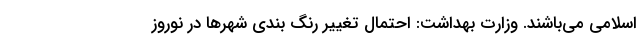
اسلامی می‌باشند. وزارت بهداشت: احتمال تغییر رنگ بندی شهرها در نوروز